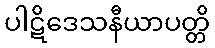
ပါဋိဒေသနီယာပတ္တိ